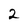
Character: 2